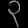
Digit: ၃